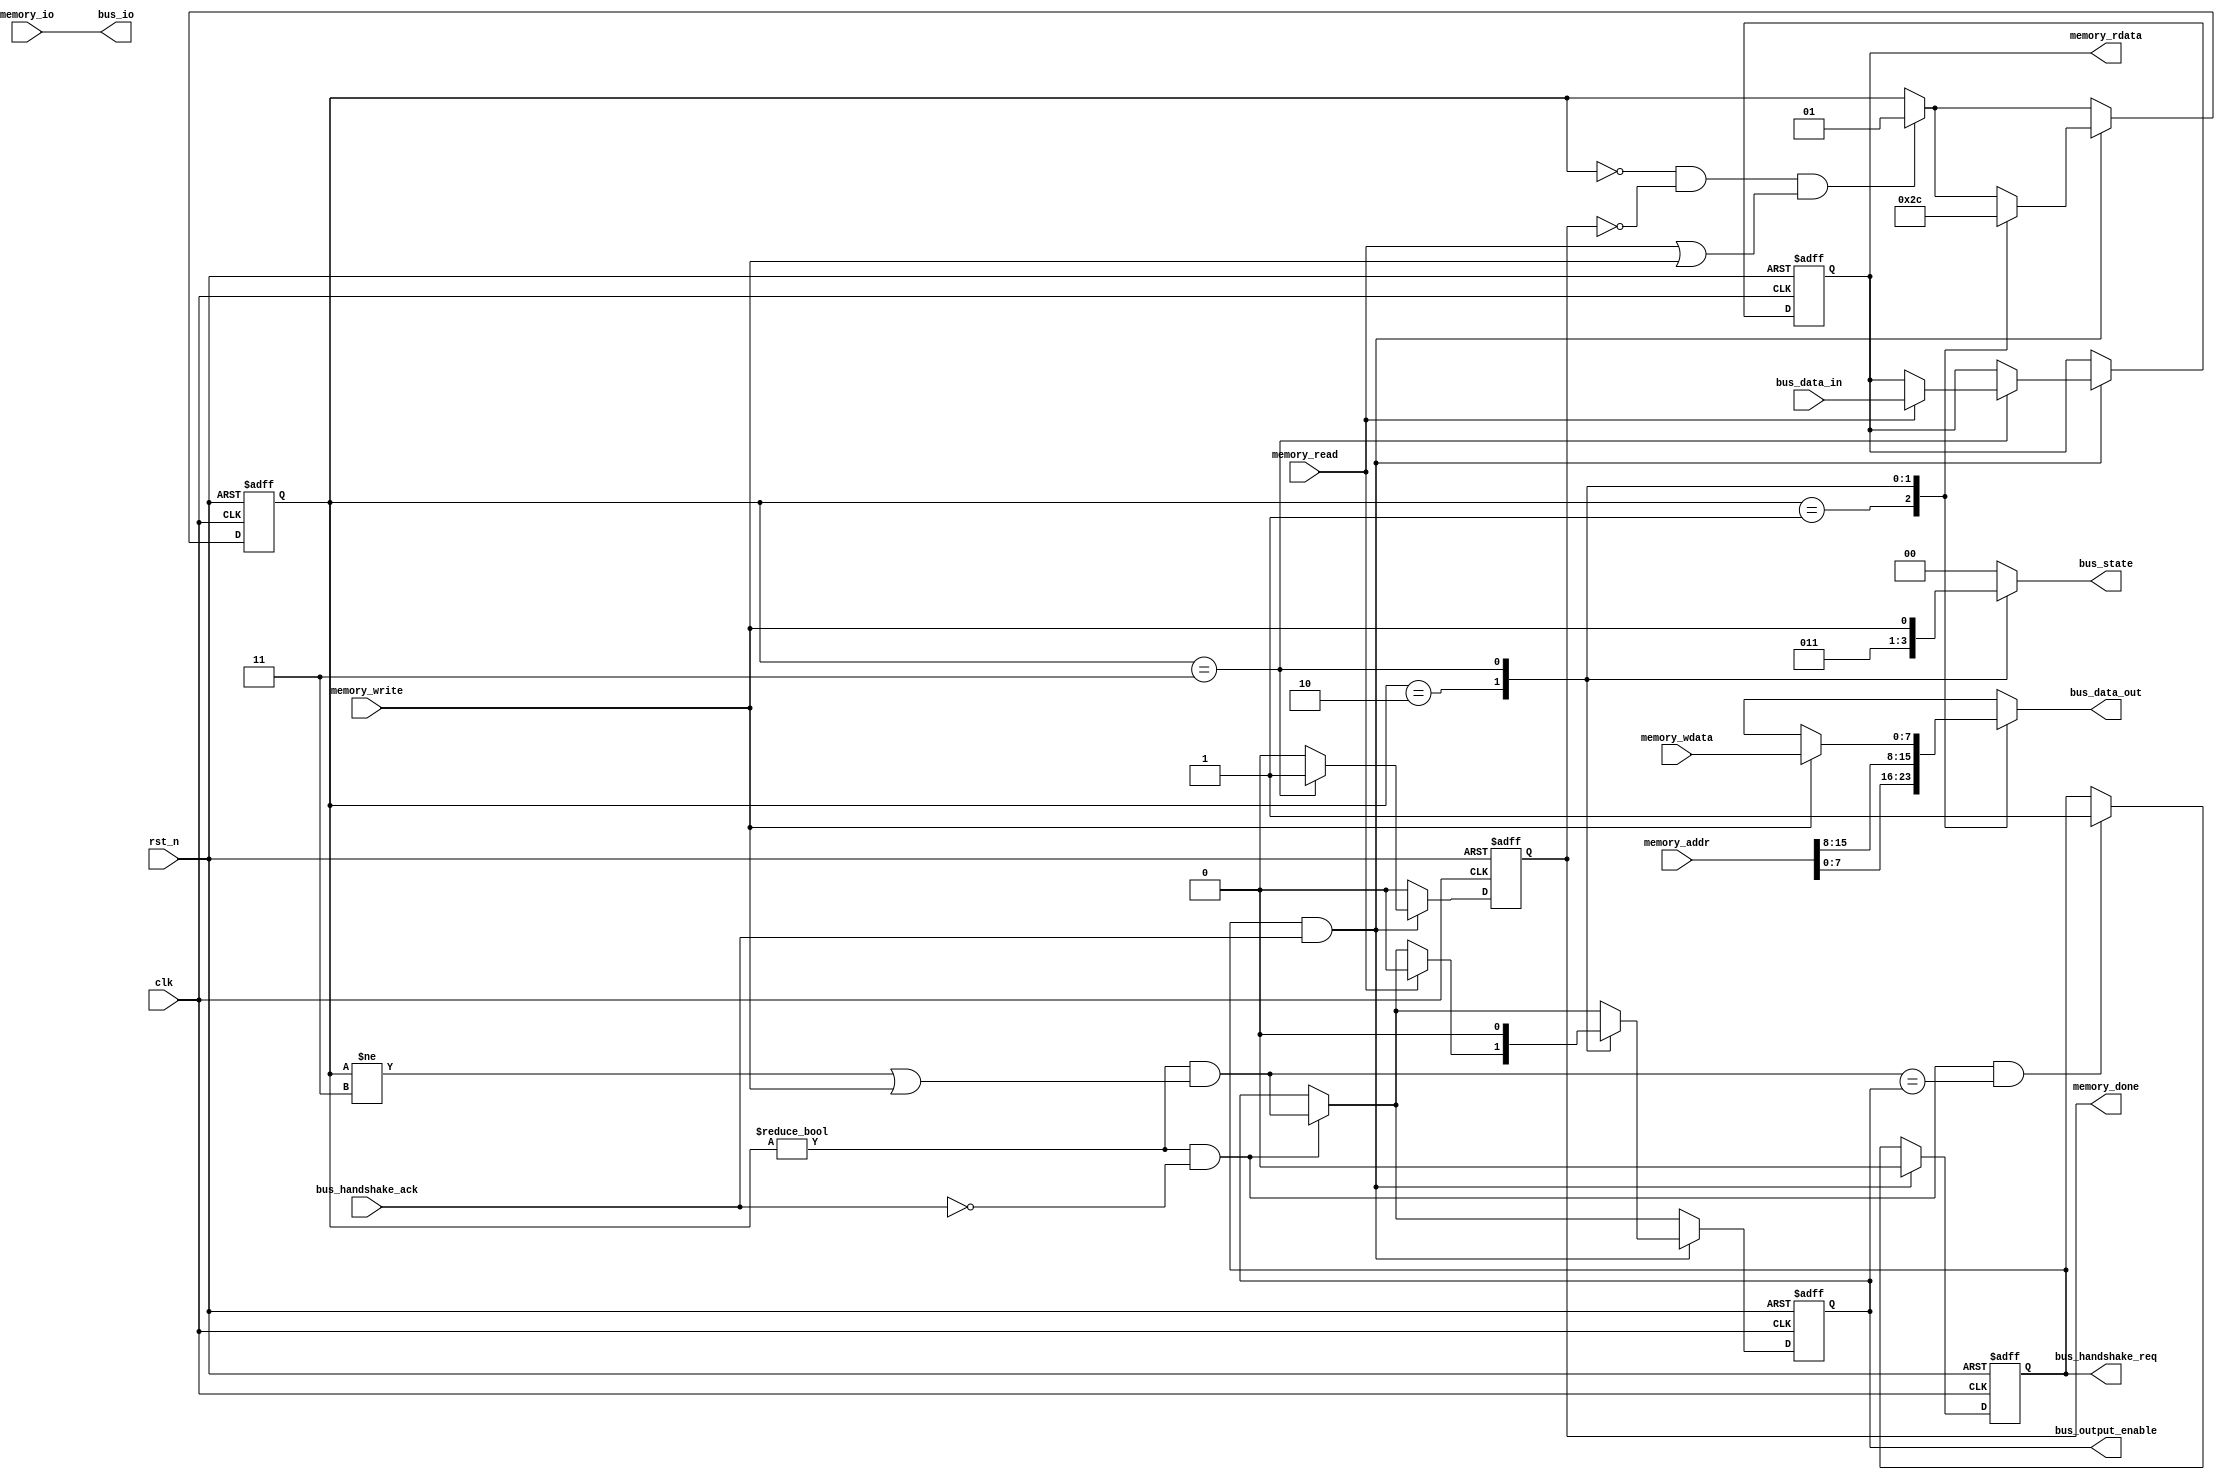
`default_nettype none

module bus_if(
    input wire clk,
    input wire rst_n,

    input wire bus_handshake_ack,
    output reg bus_handshake_req,
	output reg [1:0] bus_state,
	input wire [7:0] bus_data_in,
	output reg [7:0] bus_data_out,
	output reg bus_output_enable,
	output wire bus_io,

    input wire memory_read,
    input wire memory_write,
    input wire [15:0] memory_addr,
	input wire memory_io,
    input wire [7:0] memory_wdata,
    output reg [7:0] memory_rdata,
    output reg memory_done
);

	reg [1:0] memory_state;
	localparam MEMORY_IDLE = 0;
	localparam MEMORY_ADDR_LOW = 1;
	localparam MEMORY_ADDR_HIGH = 2;
	localparam MEMORY_DATA = 3;

	wire want_output_enable = memory_state != MEMORY_IDLE && (memory_state != MEMORY_DATA || memory_write);

	always @(posedge clk or negedge rst_n) begin
		if(!rst_n) begin
			memory_state <= MEMORY_IDLE;
			memory_rdata <= 8'bx;
			bus_handshake_req <= 1'b0;
			memory_done <= 1'b0;
			bus_output_enable <= 1'b0;
		end else begin
			memory_done <= 1'b0;
			if(memory_state == MEMORY_IDLE && !memory_done && (memory_read || memory_write))
				memory_state <= MEMORY_ADDR_LOW;
			if(memory_state != MEMORY_IDLE && !bus_handshake_ack)
				bus_output_enable <= want_output_enable;
			if(memory_state != MEMORY_IDLE && !bus_handshake_ack && want_output_enable == bus_output_enable)
				bus_handshake_req <= 1'b1;
			if(bus_handshake_req && bus_handshake_ack) begin
				bus_handshake_req <= 1'b0;
				case(memory_state)
				MEMORY_ADDR_LOW:
					memory_state <= MEMORY_ADDR_HIGH;
				MEMORY_ADDR_HIGH: begin
					memory_state <= MEMORY_DATA;
					if(memory_read)
						bus_output_enable <= 1'b0;
				end
				MEMORY_DATA: begin
					memory_state <= MEMORY_IDLE;
					bus_output_enable <= 1'b0;
					memory_done <= 1'b1;
					if(memory_read)
						memory_rdata <= bus_data_in;
				end
				endcase
			end
		end
	end

	assign bus_io = memory_io;

	always @(*) begin
		bus_data_out = 8'bx;
		bus_state = 2'b00;
		case(memory_state)
		MEMORY_ADDR_LOW: begin
			bus_data_out = memory_addr[7:0];
			bus_state = 2'b00;
		end
		MEMORY_ADDR_HIGH: begin
			bus_data_out = memory_addr[15:8];
			bus_state = 2'b01;
		end
		MEMORY_DATA: begin
			bus_state = {1'b1, memory_write};
			if(memory_write) begin
				bus_data_out = memory_wdata;
			end
		end
		endcase
	end

`ifdef FORMAL
	initial begin
		memory_state = MEMORY_IDLE;
		memory_done = 1'b0;
		bus_handshake_req = 1'b0;
		bus_output_enable = 1'b0;
	end

	default clocking
		@(posedge clk);
	endclocking
	default disable iff(!rst_n);

	assume property (!(memory_read && memory_write));
	assume property (memory_read && !memory_done |=> memory_read);
	assume property (memory_write && !memory_done |=> memory_write);
	assume property ($rose(bus_handshake_ack) |-> $past(bus_handshake_req));
	assume property ($fell(bus_handshake_ack) |-> $past(!bus_handshake_req));
	assume property ((memory_read && $past(memory_read)) || (memory_write && $past(memory_write)) |-> $stable(memory_addr) && $stable(memory_wdata));

	state_invariant: assert property (memory_state != MEMORY_IDLE |-> (memory_read || memory_write) && !memory_done);
	done_one_cycle: assert property (memory_done |=> !memory_done);
	done_only_if_active: assert property (memory_done |-> memory_read || memory_write);
	req_only_when_active: assert property (memory_state == MEMORY_IDLE |-> !bus_handshake_req);
	req_when_no_ack: assert property ($rose(bus_handshake_req) |-> !bus_handshake_ack);
	req_falls_when_ack: assert property (!$initstate && $fell(bus_handshake_req) |-> bus_handshake_ack);
	stable_bus_state: assert property (bus_handshake_req |-> $stable(bus_state));
	no_bus_contention: assert property (bus_handshake_req && bus_state == 2'b10 |-> !bus_output_enable && !$past(bus_output_enable));
	stable_bus_data_out: assert property (bus_handshake_req && bus_state != 2'b10 |-> bus_output_enable && $past(bus_output_enable) && $stable(bus_data_out));
	latch_bus_data: assert property (memory_done && memory_read |-> memory_rdata == $past(bus_data_in));

	stable_bus_output: assert property ((bus_handshake_req || bus_handshake_ack) && !bus_output_enable |=> !bus_output_enable);
	stable_bus_output2: assert property (bus_handshake_req && !bus_output_enable |-> !$past(bus_output_enable));

`ifdef LIVENESS
	assume property(bus_handshake_req |-> ##[1:5] bus_handshake_ack);
	assume property(!bus_handshake_req |-> ##[1:5] !bus_handshake_ack);
	liveness: assert property ((memory_read || memory_write) && !memory_done |-> ##[1:40] memory_done);
`endif
`endif

endmodule